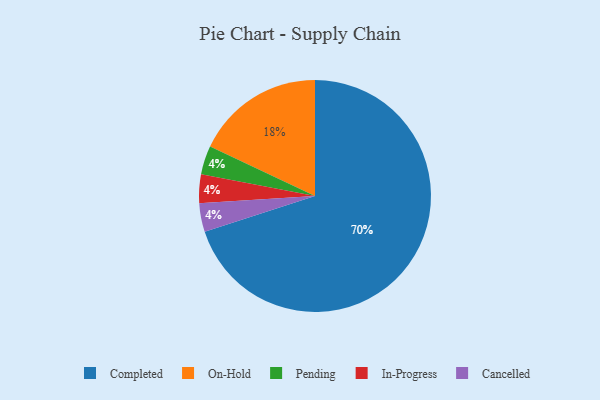
{"axis": {"x": "Category", "y": "Percentage"}, "legend": ["Cancelled", "Completed", "In-Progress", "On-Hold", "Pending"], "data": [{"x": "Pending", "y": 4, "type": "Pending"}, {"x": "In-Progress", "y": 4, "type": "In-Progress"}, {"x": "Completed", "y": 70, "type": "Completed"}, {"x": "Cancelled", "y": 4, "type": "Cancelled"}, {"x": "On-Hold", "y": 18, "type": "On-Hold"}]}